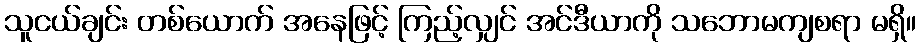
သူငယ်ချင်း တစ်ယောက် အနေဖြင့် ကြည့်လျှင် အင်ဒီယာကို သဘောမကျစရာ မရှိ။